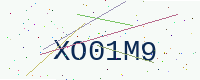
Text: XO01M9